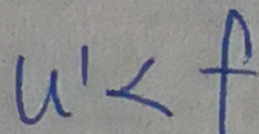
u ^ { \prime } < f